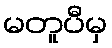
မတူပီမှ